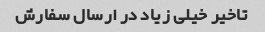
تاخیر خیلی زیاد در ارسال سفارش